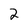
Character: 2